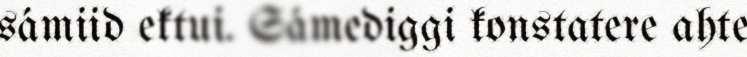
sámiid ektui. Sámediggi konstatere ahte